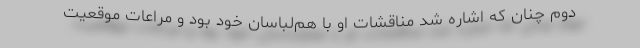
دوم چنان که اشاره شد مناقشات او با هم‌لباسان خود بود و مراعات موقعیت